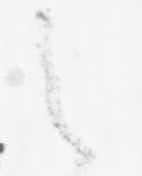
之